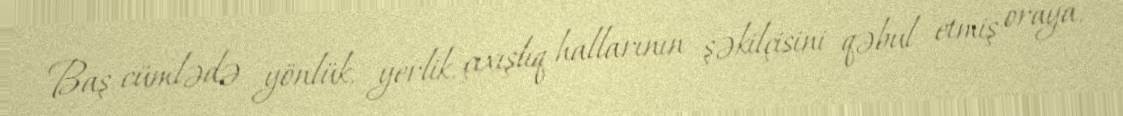
Baş cümlədə yönlük, yerlik, çıxışlıq hallarının şəkilçisini qəbul etmiş oraya,